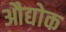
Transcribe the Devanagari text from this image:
औद्योक